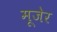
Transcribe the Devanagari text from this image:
मूजेर